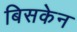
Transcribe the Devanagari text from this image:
बिसकेन